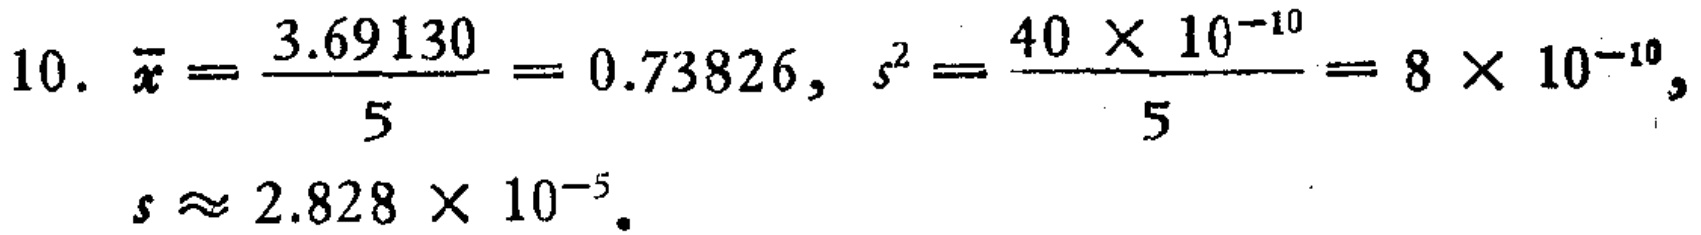
\[

\begin{align*}

10.\ \bar{x}&=\frac{3.69130}{5}=0.73826,\ s^{2}=\frac{40\times10^{- 10}}{5}=8\times10^{-10},\\

s&\approx2.828\times10^{-5}.

\end{align*}

\]